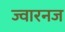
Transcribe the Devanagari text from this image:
ज्वारनज